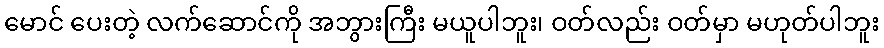
မောင် ပေးတဲ့ လက်ဆောင်ကို အဘွားကြီး မယူပါဘူး၊ ဝတ်လည်း ဝတ်မှာ မဟုတ်ပါဘူး